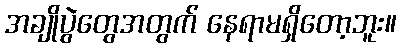
အချိုပွဲတွေအတွက် နေရာမရှိတော့ဘူး။